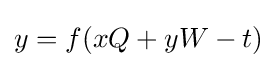
{\textstyle y=f(xQ+yW-t)}